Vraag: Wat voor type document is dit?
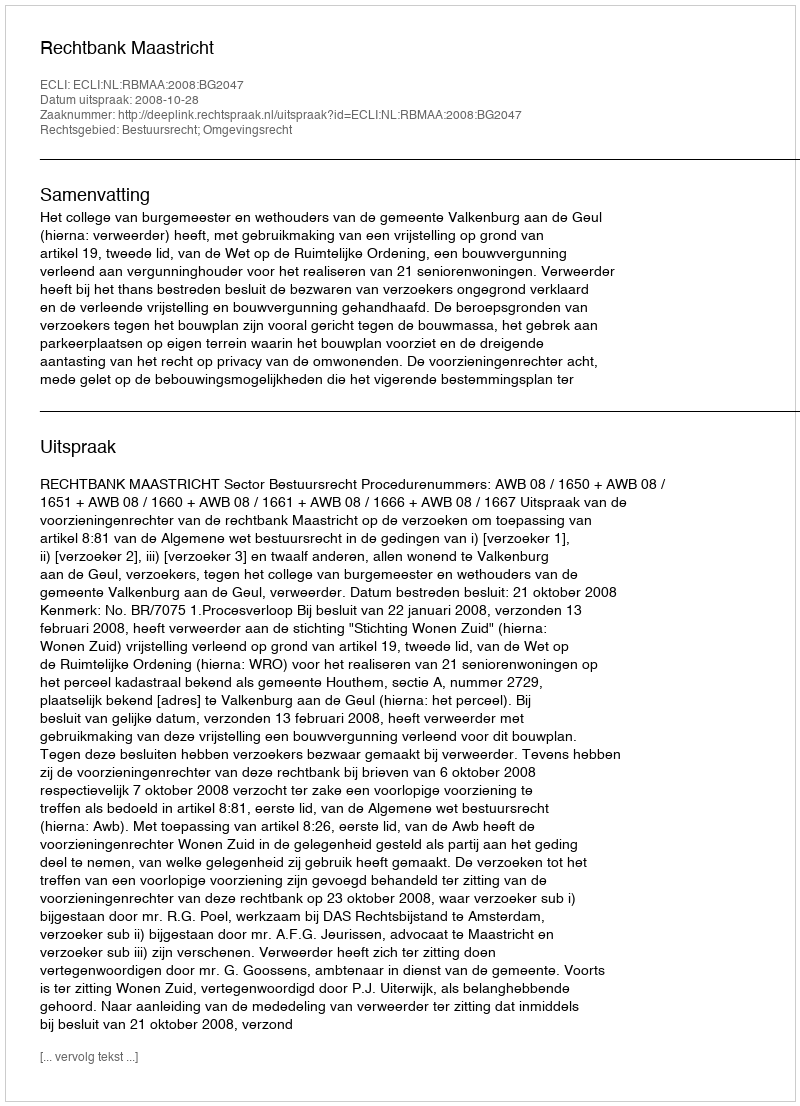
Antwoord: Uitspraak